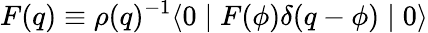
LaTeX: F(q)\equiv\rho(q)^{-1}\langle 0\mid F(\phi)\delta(q-\phi)\mid 0\rangle